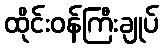
ထိုင်းဝန်ကြီးချုပ်